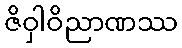
ဇိဝှါဝိညာဏဿ